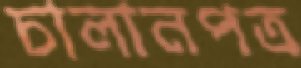
চালানপত্র